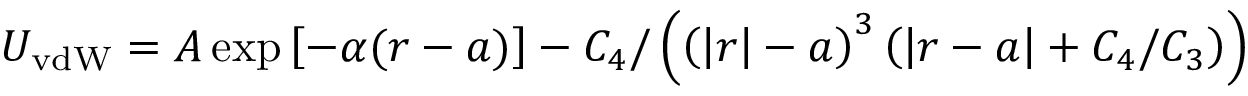
U _ { \mathrm { v d W } } = A \exp \left[ - \alpha ( r - a ) \right] - C _ { 4 } / \left( \left( \left| r \right| - a \right) ^ { 3 } \left( \left| r - a \right| + C _ { 4 } / C _ { 3 } \right) \right)